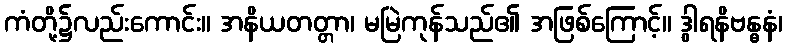
ကံတို့၌လည်းကောင်း။ အနိယတတ္တာ၊ မမြဲကုန်သည်၏ အဖြစ်ကြောင့်။ ဒွါရနိဗန္ဓနံ၊